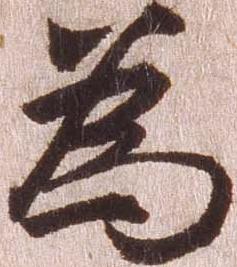
為